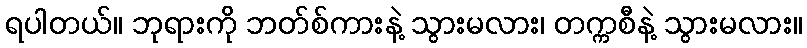
ရပါတယ်။ ဘုရားကို ဘတ်စ်ကားနဲ့ သွားမလား၊ တက္ကစီနဲ့ သွားမလား။